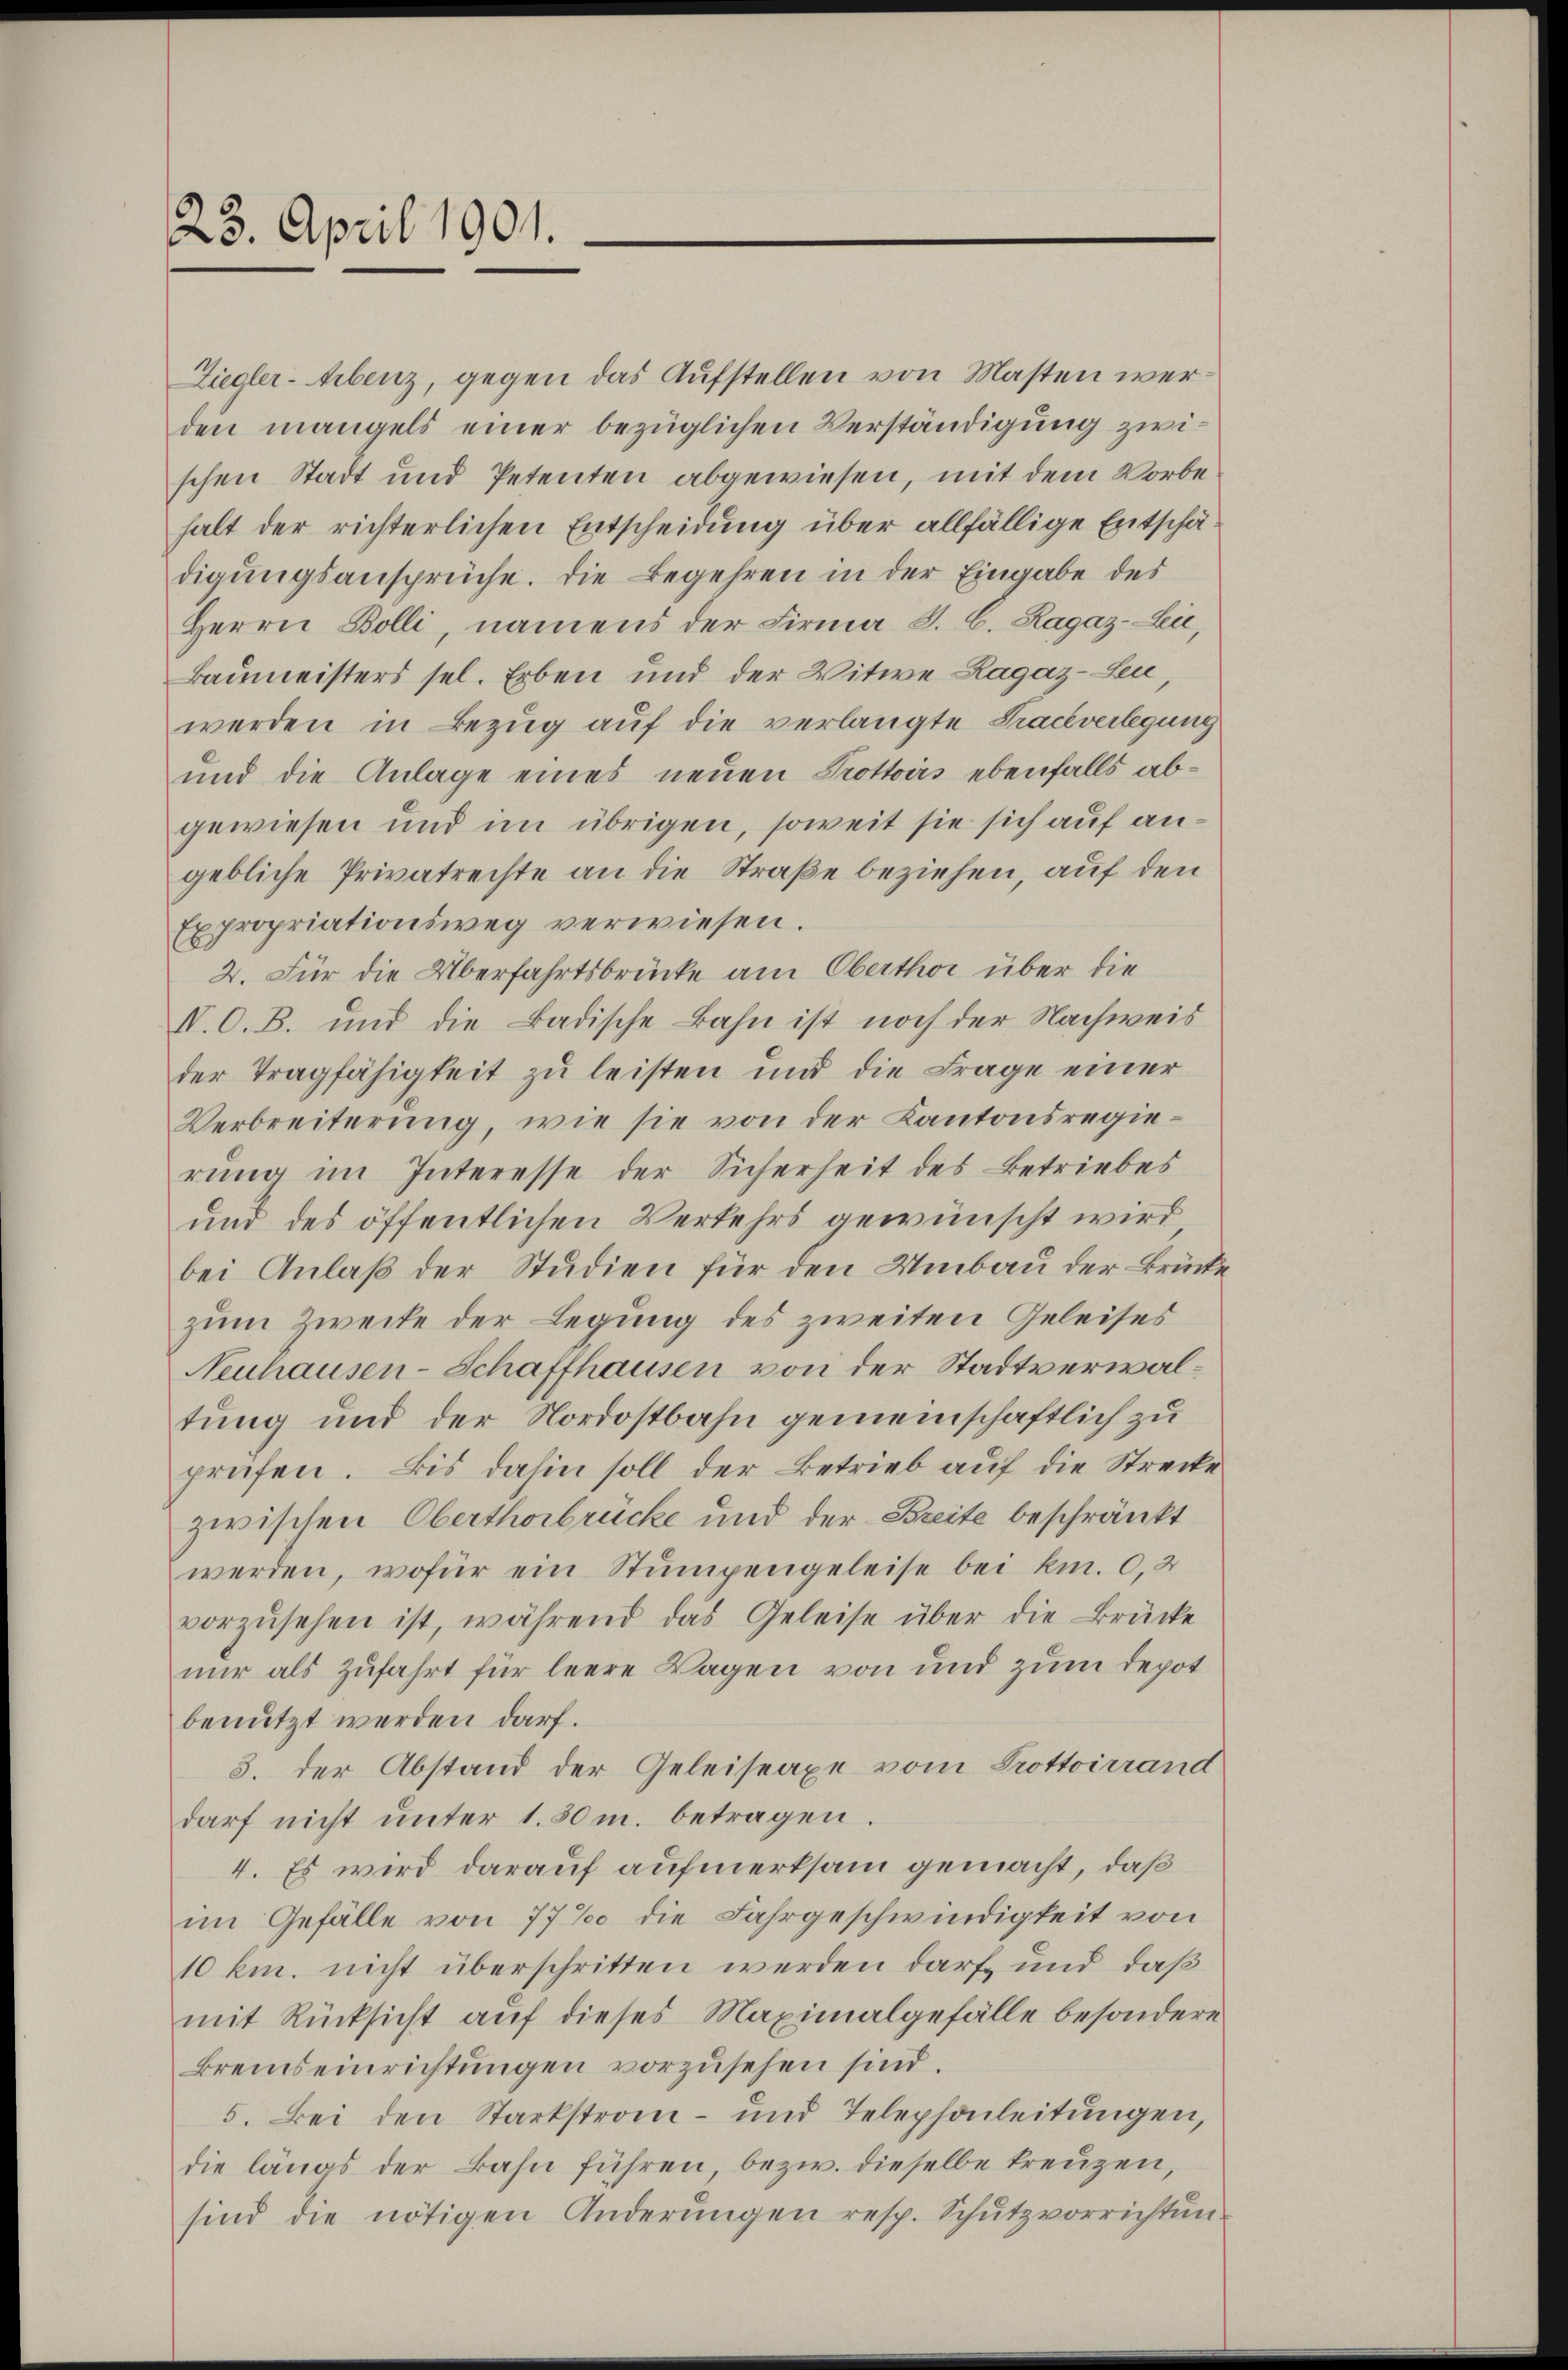
23. April 1901.

Ziegler-Arbenz, gegen das Aufstellen von Masten werden mangels einer bezüglichen Verständigung zwischen Stadt und Petenten abgewiesen, mit dem Vorbehalt der richterlichen Entscheidung über allfällige Entschädigungsansprüche. Die Begehren in der Eingabe des
Herrn Bolli, namens der Firma S. C. Ragaz-Lie,
Baumeisters sel. Erben und der Witwe Ragaz-Leu,
werden in Bezug auf die verlangte Traceverlegung
und die Anlage eines neuen Trottoirs ebenfalls abgewiesen und im übrigen, soweit sie sich auf angebliche Privatrechte an die Straße beziehen, auf den
Expropriationsweg verwiesen.
2. Für die Überfahrtsbrücke am Oberthor über die
I. O. B. und die Badische Bahn ist noch der Nachweis
der Tragfähigkeit zŭ leisten und die Frage einer
Verbreiterung, wie sie von der Kantonsregierung im Interesse der Sicherheit des Betriebes
und des öffentlichen Verkehrs gewünscht wird
bei Anlaß der Studien für den Umbau der Brücke
zum Zweite der Legung des zweiten Geleises
Neuhausen-Schaffhausen von der Stadtverwaltung und der Nordostbahn gemeinschaftlich zu
prüfen. Bis dahin soll der Betrieb auf die Strecke
zwischen Oberthorbrücke und der Breite beschränkt
werden, wofür ein Stumpengeleise bei km. 0,2
vorzŭsehen ist, während das Geleise über die Brücke
nur als Zufahrt für leere Wagen von und zum Depot
benutzt werden darf.
3. der Abstand der Geleiseaxe vom Trottoirrand
darf nicht ŭnter 1.50 m. betragen.
4. Es wird darauf aufmerksam gemacht, daß
im Gefälle von 77‰ die Fahrgeschwindigkeit von
10 km. nicht überschritten werden darf und daß
mit Rücksicht auf dieses Maximalgefälle besondere
Bremeinrichtungen vorzusehen sind.
5. Bei den Starkstrom- und Telephonleitŭngen,
die längs der Bahn führen bezw. dieselbe treuzen,
sind die nötigen Anderŭngen resp. Schutzvorrichtun